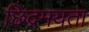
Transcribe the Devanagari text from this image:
छिद्रमयता